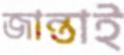
জান্তাই